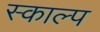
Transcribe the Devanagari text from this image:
स्काल्प